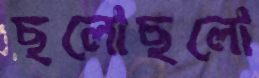
ছলোছলো